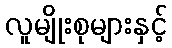
လူမျိုးစုများနှင့်